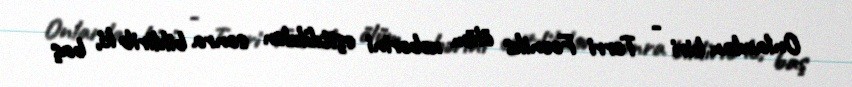
Onlardan biri - Terri Foeniks ölüm xəbərini eşitdikdən sonra bildirib ki, baş